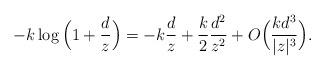
LaTeX: \begin{align*}-k \log\Big(1 + \frac{d}{z}\Big) = -k\frac{d}{z} + \frac{k}{2} \frac{d^2}{z^2} + O\Big(\frac{kd^3}{|z|^3}\Big).\end{align*}